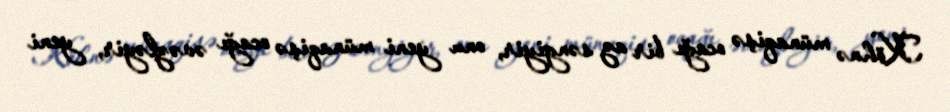
Köhnə münaqişə ocağı bir az səngiyir, onu yeni münaqişə ocağı əvəzləyir, yeni